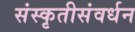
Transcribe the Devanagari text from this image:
संस्कृतीसंवर्धन